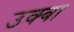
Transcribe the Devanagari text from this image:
उक्बा